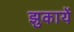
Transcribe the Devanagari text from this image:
झुकायें